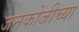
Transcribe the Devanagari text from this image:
जनकोजीच्या